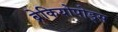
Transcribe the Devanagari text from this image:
ब्रेकियोपोड्स